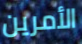
الأمرين